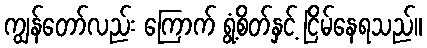
ကျွန်တော်လည်း ကြောက် ရွံ့စိတ်နှင့် ငြိမ်နေရသည်။